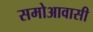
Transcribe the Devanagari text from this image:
समोआवासी